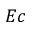
E c